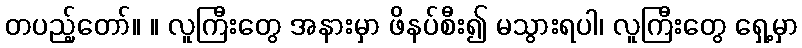
တပည့်တော်။ ။ လူကြီးတွေ အနားမှာ ဖိနပ်စီး၍ မသွားရပါ၊ လူကြီးတွေ ရှေ့မှာ